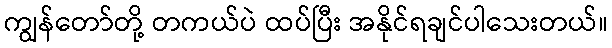
ကျွန်တော်တို့ တကယ်ပဲ ထပ်ပြီး အနိုင်ရချင်ပါသေးတယ်။